画像に写った文字を読んでください
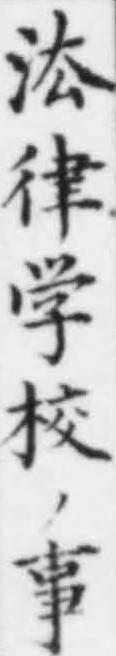
「㳒律学校ノ事」と書いてあります